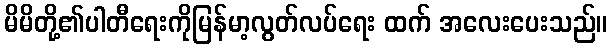
မိမိတို့၏ပါတီရေးကိုမြန်မာ့လွတ်လပ်ရေး ထက် အလေးပေးသည်။